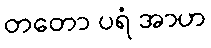
တတော ပရံ အာဟ